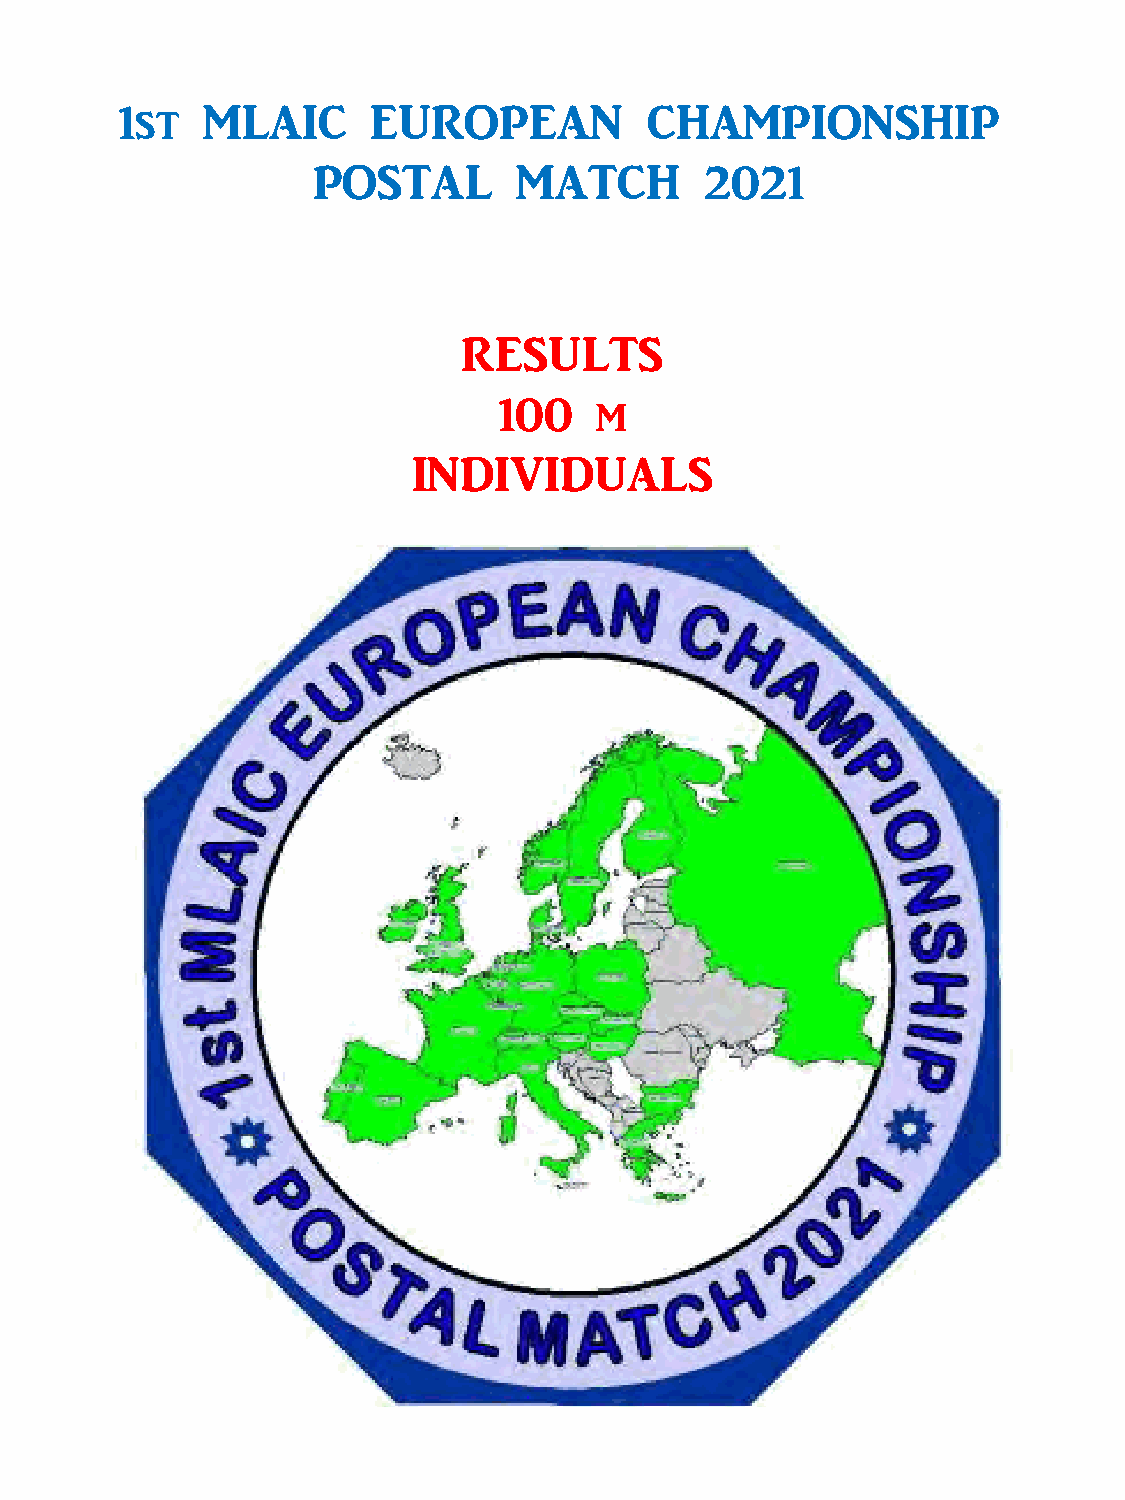
1st  MLAIC       EUROPEAN          CHAMPIONSHIP
 POSTAL       MATCH        2021
 RESULTS
 100   m
 INDIVIDUALS